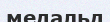
медальд